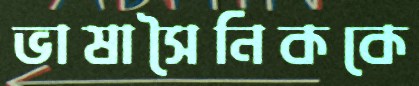
ভাষাসৈনিককে